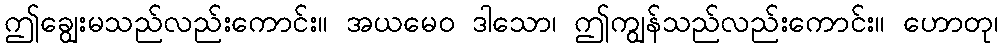
ဤချွေးမသည်လည်းကောင်း။ အယမေဝ ဒါသော၊ ဤကျွန်သည်လည်းကောင်း။ ဟောတု၊